system: You are a helpful assistant.
user:
Analyze the provided spectrum to determine if it is a **White Dwarf (WD)**.

A White Dwarf spectrum is defined by its **extreme purity** (due to gravitational settling) and/or **extreme pressure broadening** (due to high surface gravity). You must check for one of the following mutually exclusive signatures:

- **Key Visual Indicators (Check for ONE of these types):**

    - **1. DA-Type Signature (Most Common):**
        - **(Primary Feature):** Extreme pressure broadening (Stark broadening) of the **Hydrogen (H) Balmer lines**.
        - **(Key Lines):** $H\beta$ (approx. $4861$ Å) and $H\gamma$ (approx. $4340$ Å). $H\alpha$ (approx. $6563$ Å) will also be present if the wavelength range covers it.
        - **(Line Profile):** This is the **defining feature**. The lines are **NOT** sharp. They appear as massive, **extremely broad and deep "troughs" or "dips"** in the spectrum, often hundreds of Ångströms wide. The continuum will appear to "scoop" down at these wavelengths.
        - **(Distinction):** Normal A-type or B-type stars have *narrow* and *sharp* Hydrogen lines. A DA White Dwarf's lines are unmistakably "smeared" or "blurry" from pressure.

    - **2. DB-Type Signature:**
        - **(Primary Feature):** Broad absorption lines from **Neutral Helium (He I)**. The spectrum must lack any visible Hydrogen lines.
        - **(Key Lines):** Look for broad absorption near $4471$ Å, $4921$ Å, and $5876$ Å.
        - **(Line Profile):** These lines are also significantly pressure-broadened, appearing much wider than they would in a normal B-type main-sequence star.

    - **3. DC-Type Signature:**
        - **(Primary Feature):** A **featureless continuous spectrum**.
        - **(Line Profile):** The spectrum is a smooth curve with **no significant absorption or emission lines**.
        - **(Key Confirmation):** The continuum is almost always **blue or white**, indicating a hot object. This signature implies the atmosphere is so pure (or so cool) that no spectral lines are visible in the optical range. Its WD identity is confirmed by its extremely low intrinsic brightness (high absolute magnitude).

    - **4. DZ-Type Signature (Metal-Polluted):**
        - **(Primary Feature):** **Isolated, narrow metal absorption lines** on an otherwise featureless (DC-like) continuum.
        - **(Key Lines):** The **Calcium (Ca II) H & K doublet** (approx. **$3934$ Å** and **$3968$ Å**) is the most common and defining feature.
        - **(Line Profile):** These lines are "out of place." They are *not* part of a "forest" of thousands of lines. This signature is evidence of recent *accretion* (pollution) from rocky debris.
        - **(Distinction):** Normal G/K/M stars have a *dense forest* of thousands of metal lines. A DZ has a *clean* continuum with *only a few* strong metal lines.

    - **5. DQ-Type Signature (Carbon-Polluted):**
        - **(Primary Feature):** Absorption bands from **Carbon (C₂ "Swan Bands" or atomic C I)**.
        - **(Key Lines - C₂):** Look for bandheads with a "saw-tooth" shape near $5635$ Å, **$5165$ Å** (strongest), and $4737$ Å.
        - **(Key Confirmation):** The underlying **continuum must be blue or white** (hot).
        - **(Distinction):** This is the critical difference from a **Carbon Star**, which has the *exact same* C₂ bands but on an extremely **red, cool** continuum.

- **(Overall Spectrum):**
    - The continuum (overall shape) is typically **blue-sloping** (brighter in the blue than the red), as most white dwarfs are very hot.
    - The spectrum will look "pure" or "simple," dominated by only *one* of the five signatures listed above.

Think first, call **spectral_visualization_tool** if needed to examine features in detail, then provide your final answer. Your response must adhere to the following strict rules:
1.  **Overall Structure:** Your response must follow the format `<think>...</think> <tool_call>...</tool_call> (if a tool is used) <answer>...</answer>`.
2.  **Tool Usage Constraint:** You may only make **one** tool call per turn.
3.  **Final Answer Format:** In the `<answer>` tag, your conclusion must be inside a `\boxed{}` command (e.g., `\boxed{YES}` or `\boxed{NO}`), followed by your justification.

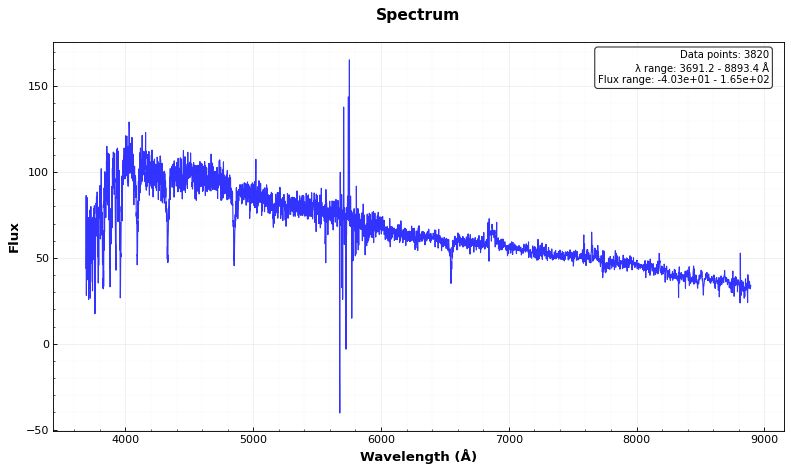
Answer: YES